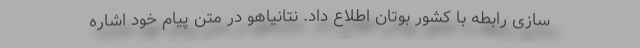
سازی رابطه با کشور بوتان اطلاع داد. نتانیاهو در متن پیام خود اشاره